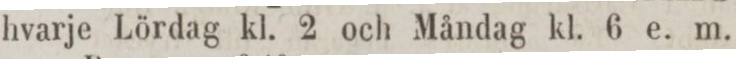
hvarje Lördag kl. 2 och Måndag kl. 6 e. m.